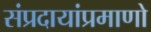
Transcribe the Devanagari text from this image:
संप्रदायांप्रमाणो